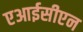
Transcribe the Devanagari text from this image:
एआईसीएन